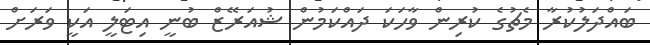
ބައްދަލުކުރާ މެޗުގެ ކުރިން ވާހަކަ ދައްކަމުން ޝުއަރޭޒް ބުނީ އިޓަލީ އަކީ ވަރަށް